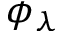
\phi _ { \lambda }